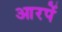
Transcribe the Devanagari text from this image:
आरपें